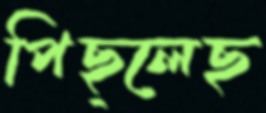
পিছ্‌লেছ